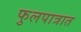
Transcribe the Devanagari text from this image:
फुलपात्रात